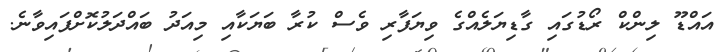
އައްޑޫ ލިންކް ރޯޑުގައި ގާޑިޔަލެއްގެ ވިޔަފާރި ވެސް ކުރާ ބަޔަކާއި މިއަދު ބައްދަލުކޮށްފައިވާނެ.